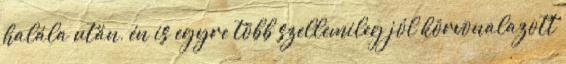
halála után, én is egyre több szellemileg jól körvonalazott